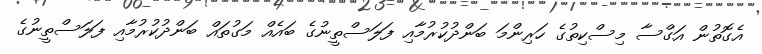
އެގޮތުން އަގްސާ މިސްކިތުގެ ހަރިންމަ ބަންދުކުރުމާއި ފަލަސްތީނުގެ ބައެއް މަގުތައް ބަންދުކުރުމާއި ފަލަސްތީނުގެ